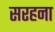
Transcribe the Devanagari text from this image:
सरहना